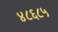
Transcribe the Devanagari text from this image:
४८६८५